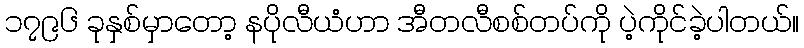
၁၇၉၆ ခုနှစ်မှာတော့ နပိုလီယံဟာ အီတလီစစ်တပ်ကို ပဲ့ကိုင်ခဲ့ပါတယ်။